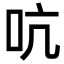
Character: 吭